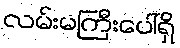
လမ်းမကြီးပေါ်ရှိ